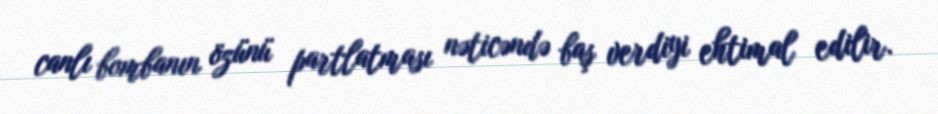
canlı bombanın özünü partlatması nəticəndə baş verdiyi ehtimal edilir.